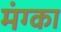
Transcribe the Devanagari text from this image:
मंग्का